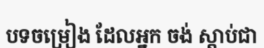
បទចម្រៀង ដែលអ្នក ចង់ ស្តាប់ជា